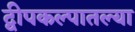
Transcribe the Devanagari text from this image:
द्वीपकल्पातल्या